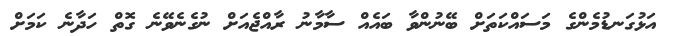
އަޅުގަނޑުމެންގެ މަސައްކަތަށް ބޭނުންވާ ބައެއް ސާމާނު ރާއްޖެއަށް ނުގެނެވޭނެ ގޮތް ހަދާނެ ކަމަށް